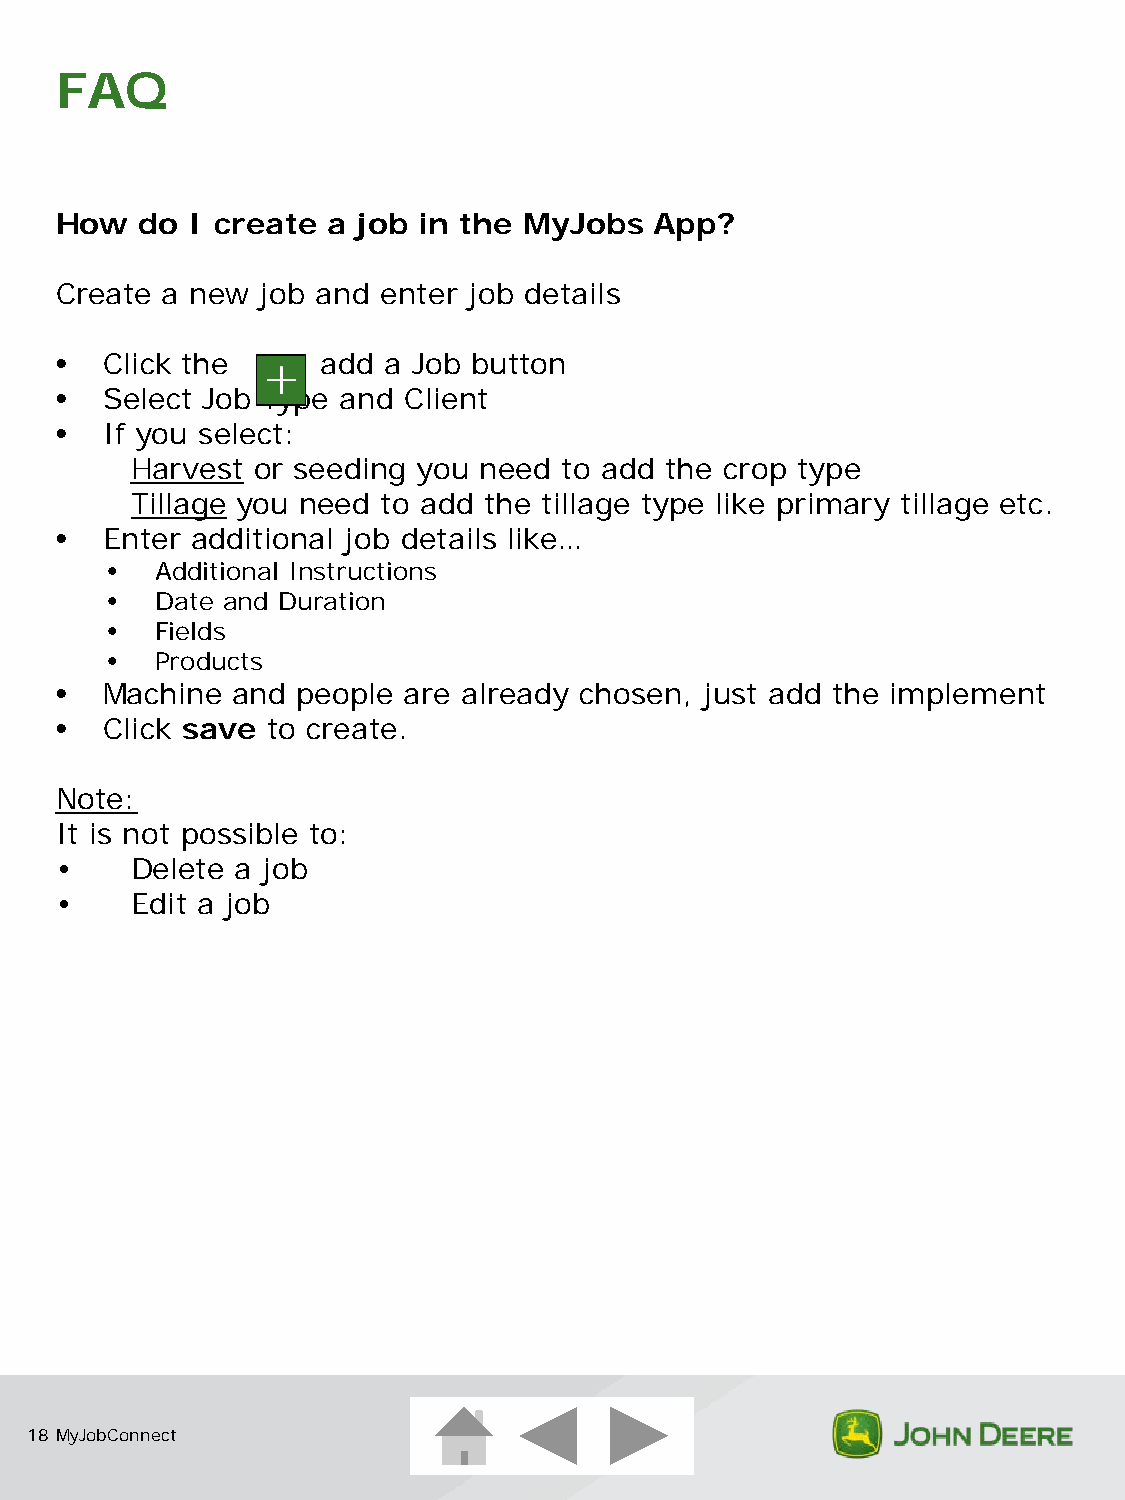
FAQ
 How  do  I create a job in the MyJobs  App?
 Create a new job and enter job details
 •  Click the     add a Job button
 •  Select Job Type and Client
 •  If you select:
 Harvest or seeding you need to add the crop type
 Tillage you need to add the tillage type like primary tillage etc.
 •  Enter additional job details like…
 •  Additional Instructions
 •  Date and Duration
 •  Fields
 •  Products
 •  Machine and  people are already chosen, just add the implement
 •  Click save to create.
 Note:
 It is not possible to:
 •    Delete a job
 •    Edit a job
 18 MyJobConnect